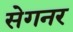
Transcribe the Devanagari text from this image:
सेगनर